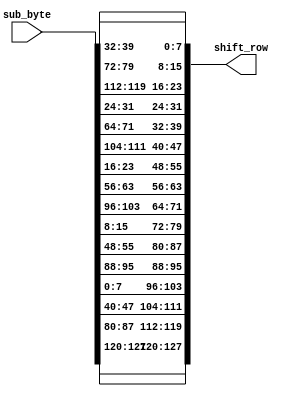
`timescale 1ns/1ps

module Shift_Rows(
		input [127:0] sub_byte,
		output [127:0] shift_row);
// Giu nguyen dong 1
assign shift_row[127:120] = sub_byte[127:120];
assign shift_row[95:88] = sub_byte[95:88];
assign shift_row[63:56] = sub_byte[63:56];
assign shift_row[31:24] = sub_byte[31:24];
// Dich trai 1 bit dong 2
assign shift_row[119:112] = sub_byte[87:80];
assign shift_row[87:80] = sub_byte[55:48];
assign shift_row[55:48] = sub_byte[23:16];
assign shift_row[23:16] = sub_byte[119:112];
// Dich trai 2 bit dong 3
assign shift_row[111:104] = sub_byte[47:40];
assign shift_row[79:72] = sub_byte[15:8];
assign shift_row[47:40] = sub_byte[111:104];
assign shift_row[15:8] = sub_byte[79:72];
// Dich trai 3 bit dong 4
assign shift_row[103:96] = sub_byte[7:0];
assign shift_row[71:64] = sub_byte[103:96];
assign shift_row[39:32] = sub_byte[71:64];
assign shift_row[7:0] = sub_byte[39:32];

endmodule